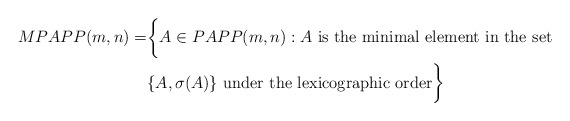
\begin{align*}MPAPP(m,n) = &\biggl\{ A \in PAPP(m,n) : A \mbox{ is the minimal element in the set } \\ &\{ A, \sigma(A) \} \mbox{ under the lexicographic order}\biggr\}\end{align*}